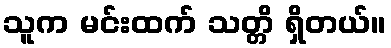
သူက မင်းထက် သတ္တိ ရှိတယ်။